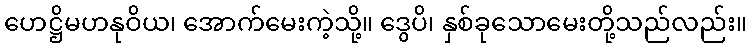
ဟေဋ္ဌိမဟနုဝိယ၊ အောက်မေးကဲ့သို့။ ဒွေပိ၊ နှစ်ခုသောမေးတို့သည်လည်း။